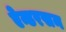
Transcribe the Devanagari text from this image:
ऐन्डरसन